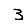
Digit: 3